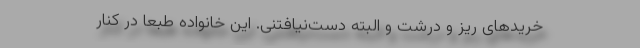
خریدهای ریز و درشت و البته دست‌نیافتنی. این خانواده طبعا در کنار